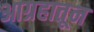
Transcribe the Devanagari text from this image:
आग्रहातून